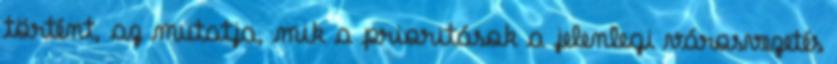
történt, az mutatja, mik a prioritások a jelenlegi városvezetés